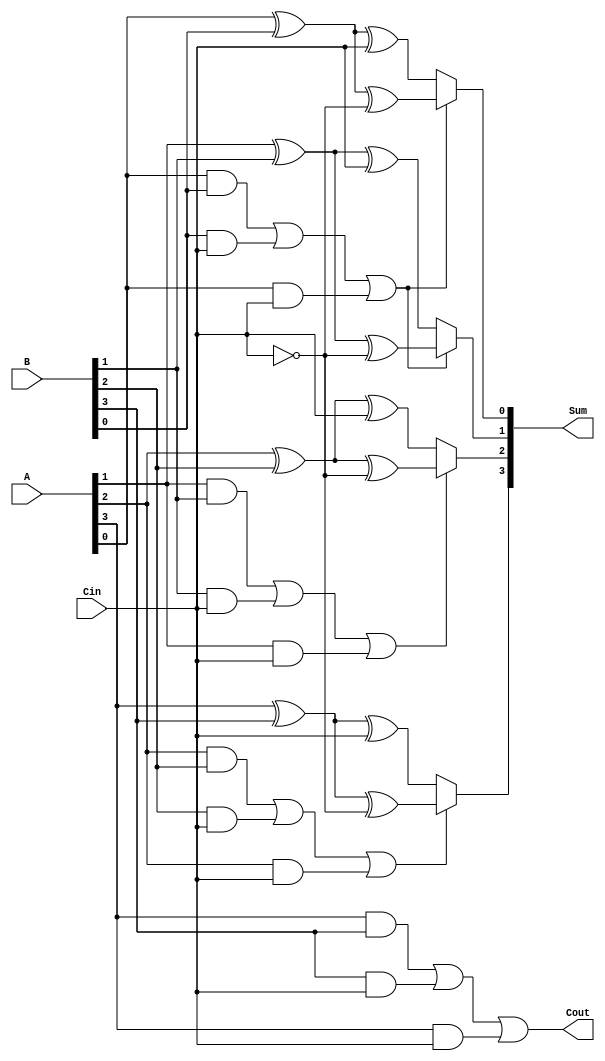
module ConditionalSumAdder #(parameter N = 4) (
    input  [N-1:0] A,     // N-bit input A
    input  [N-1:0] B,     // N-bit input B
    input          Cin,    // Carry input
    output [N-1:0] Sum,    // N-bit output Sum
    output         Cout     // Carry output
);

    // Intermediate wires for partial sums and carries
    wire [N-1:0] S0, S1;   // Partial sums for Cin = 0 and Cin = 1
    wire [N-1:0] C0, C1;   // Carry signals for Cin = 0 and Cin = 1
    wire [N-1:0] C;        // Carry for each bit

    // Calculate partial sums and carry for each bit
    genvar i;
    generate
        for (i = 0; i < N; i = i + 1) begin : CSA
            // Partial sums
            assign S0[i] = A[i] ^ B[i] ^ Cin;           // S0 when Cin = 0
            assign S1[i] = A[i] ^ B[i] ^ (~Cin);        // S1 when Cin = 1

            // Carry generation
            assign C0[i] = (A[i] & B[i]) | (B[i] & Cin) | (A[i] & Cin);  // Carry if Cin = 0
            assign C1[i] = C0[i];   // C1 for carry-in = 1 is the same as C0

            // Carry for multiplexing
            if (i == 0) begin
                assign C[i] = C0[i]; // First carry is C0[0]
            end else begin
                assign C[i] = C[i-1] ? C1[i] : C0[i]; // MUX for carry
            end
        end
    endgenerate

    // Output sum selection based on carry
    generate
        for (i = 0; i < N; i = i + 1) begin : SUM_SEL
            if (i == 0) begin
                assign Sum[i] = C[0] ? S1[i] : S0[i]; // First sum selection
            end else begin
                assign Sum[i] = C[i-1] ? S1[i] : S0[i]; // MUX for sum
            end
        end
    endgenerate

    // Final Carry Output
    assign Cout = C[N-1]; // Last carry-out

endmodule